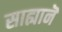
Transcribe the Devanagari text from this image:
साह्यानॆ